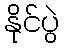
နိုင်ပွဲ